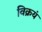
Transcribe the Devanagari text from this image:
विक्रयं